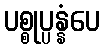
ပစ္စုပ္ပန္နံပေ